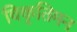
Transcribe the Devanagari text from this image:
विकृतिमन